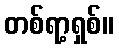
တစ်ရာ့ရှစ်။